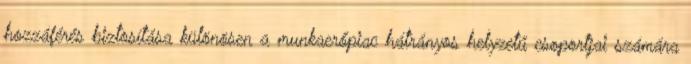
hozzáférés biztosítása különösen a munkaerőpiac hátrányos helyzetű csoportjai számára